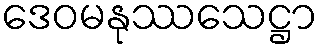
ဒေဝမနုဿသေဋ္ဌာ